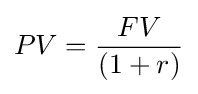
PV={\frac {FV}{(1+r)}}